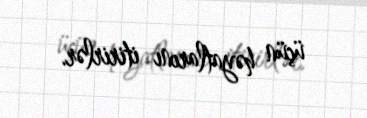
üçün həyatlarını itirirlər.